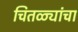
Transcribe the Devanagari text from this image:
चितळ्यांचा